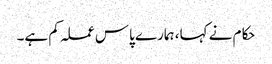
حکام نے کہا، ہمارے پاس عملہ کم ہے۔